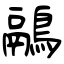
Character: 鷊